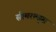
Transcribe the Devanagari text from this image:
सीमरल्ड्स